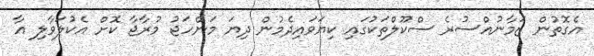
އެގޮތުން ޒަމާނުއްސުރެ ސްކޫލްތަކުގައި ކިޔަވައިދެމުން ދިޔަ މަންހަޖު މުރާޖާ ކޮށް އެކުލަވާލި އާ